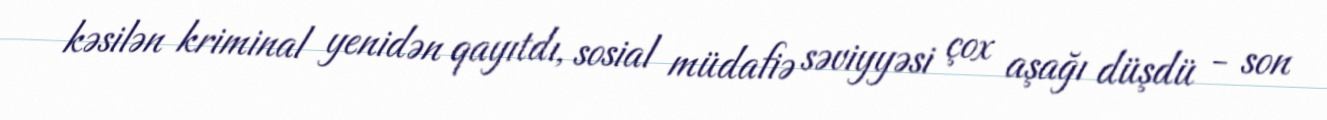
kəsilən kriminal yenidən qayıtdı, sosial müdafiə səviyyəsi çox aşağı düşdü - son